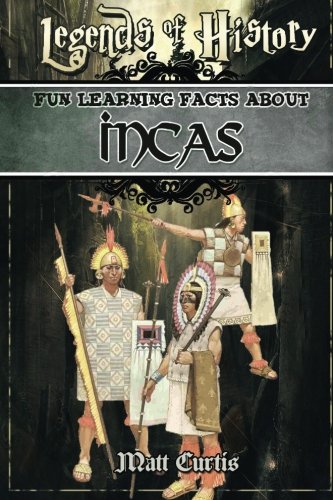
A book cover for Legends of History: Fun Learning Facts About INCAS: A World Of Learning At Your Fingertips; Matt Curtis; History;